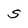
Character: s